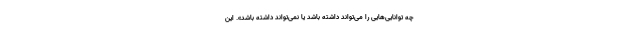
چه توانایی‌هایی را می‌تواند داشته باشد یا نمی‌تواند داشته باشد». این